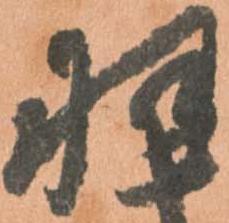
羽